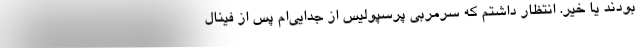
بودند یا خیر. انتظار داشتم که سرمربی پرسپولیس از جدایی‌ام پس از فینال